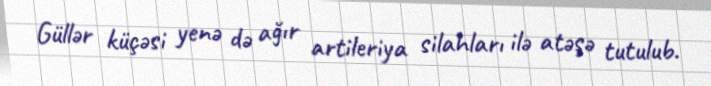
Güllər küçəsi yenə də ağır artileriya silahları ilə atəşə tutulub.